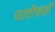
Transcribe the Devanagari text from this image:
जातीचाही